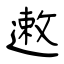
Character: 遫